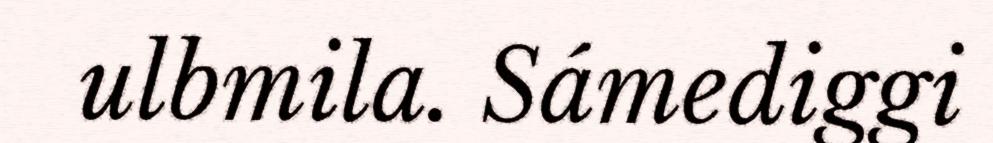
ulbmila. Sámediggi